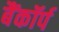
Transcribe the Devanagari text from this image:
बैंकॉर्प